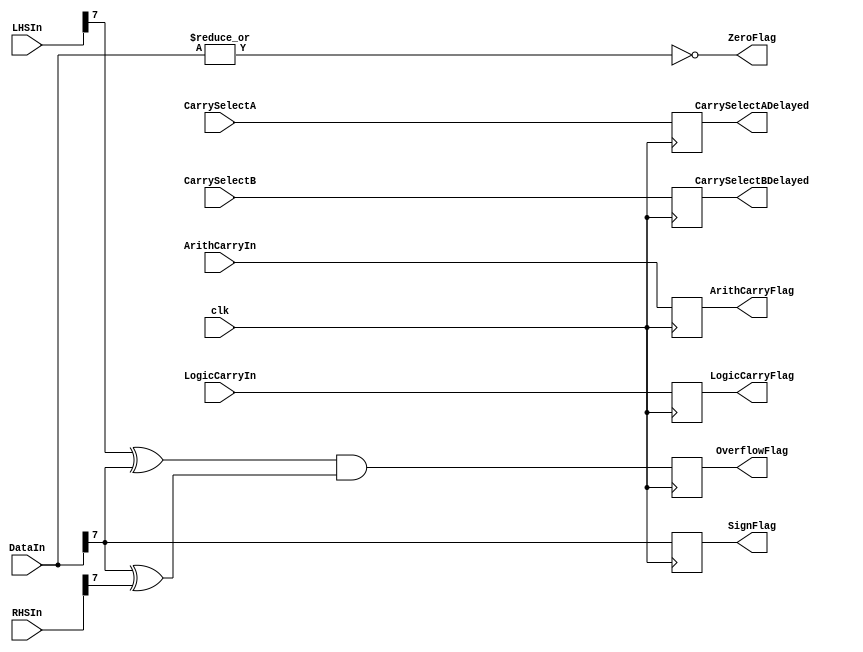
// -----------------------------------------------------------------------------
// Title   : FLAGS (ALU/flags.v)
// Create  : Tue 20 Dec 22:31:37 GMT 2022
//
// Name    : JAM-1 8-bit Pipelined CPU in Verilog
// GitHub  : https://github.com/m1geo/JamesSharmanPipelinedCPU
// CPU Dsn : James Sharman; Video Series => https://youtu.be/3iHag4k4yEg
//
// Desc.   : ALU flag generation
// -----------------------------------------------------------------------------

module flags
(
	input        clk,
	input        ArithCarryIn,
	input        LogicCarryIn,
    input  [7:0] DataIn,
    input  [7:0] LHSIn,
    input  [7:0] RHSIn,
    input        CarrySelectA,
    input        CarrySelectB,
    
    output       ArithCarryFlag,
    output       LogicCarryFlag,
    output       ZeroFlag,
    output       SignFlag,
    output       OverflowFlag,
    output       CarrySelectADelayed,
    output       CarrySelectBDelayed
);

	// Overflow - registered below
	wire Overflow = ((LHSIn[7] ^ DataIn[7]) & (DataIn[7] ^ RHSIn[7]));
	
	// Zero Flag - unregistered
	assign ZeroFlag = ~(| DataIn); // NOR

    // Register Values
    reg regCarrySelectA = 0;
    reg regCarrySelectB = 0;
    reg regOverflow = 0;
    reg regSign = 0;
    reg regArithCarry = 0;
    reg regLogicCarry = 0;
    
	always @ (posedge clk) begin
    	regCarrySelectA <= CarrySelectA;
    	regCarrySelectB <= CarrySelectB;
    	regOverflow <= Overflow;
    	regSign <= DataIn[7];
    	regArithCarry <= ArithCarryIn;
    	regLogicCarry <= LogicCarryIn;
	end
	
	assign CarrySelectADelayed = regCarrySelectA;
	assign CarrySelectBDelayed = regCarrySelectB;
	assign OverflowFlag = regOverflow;
	assign SignFlag = regSign;
	assign ArithCarryFlag = regArithCarry;
	assign LogicCarryFlag = regLogicCarry;

endmodule //end:flags